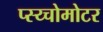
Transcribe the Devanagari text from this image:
प्स्य्चोमोटर